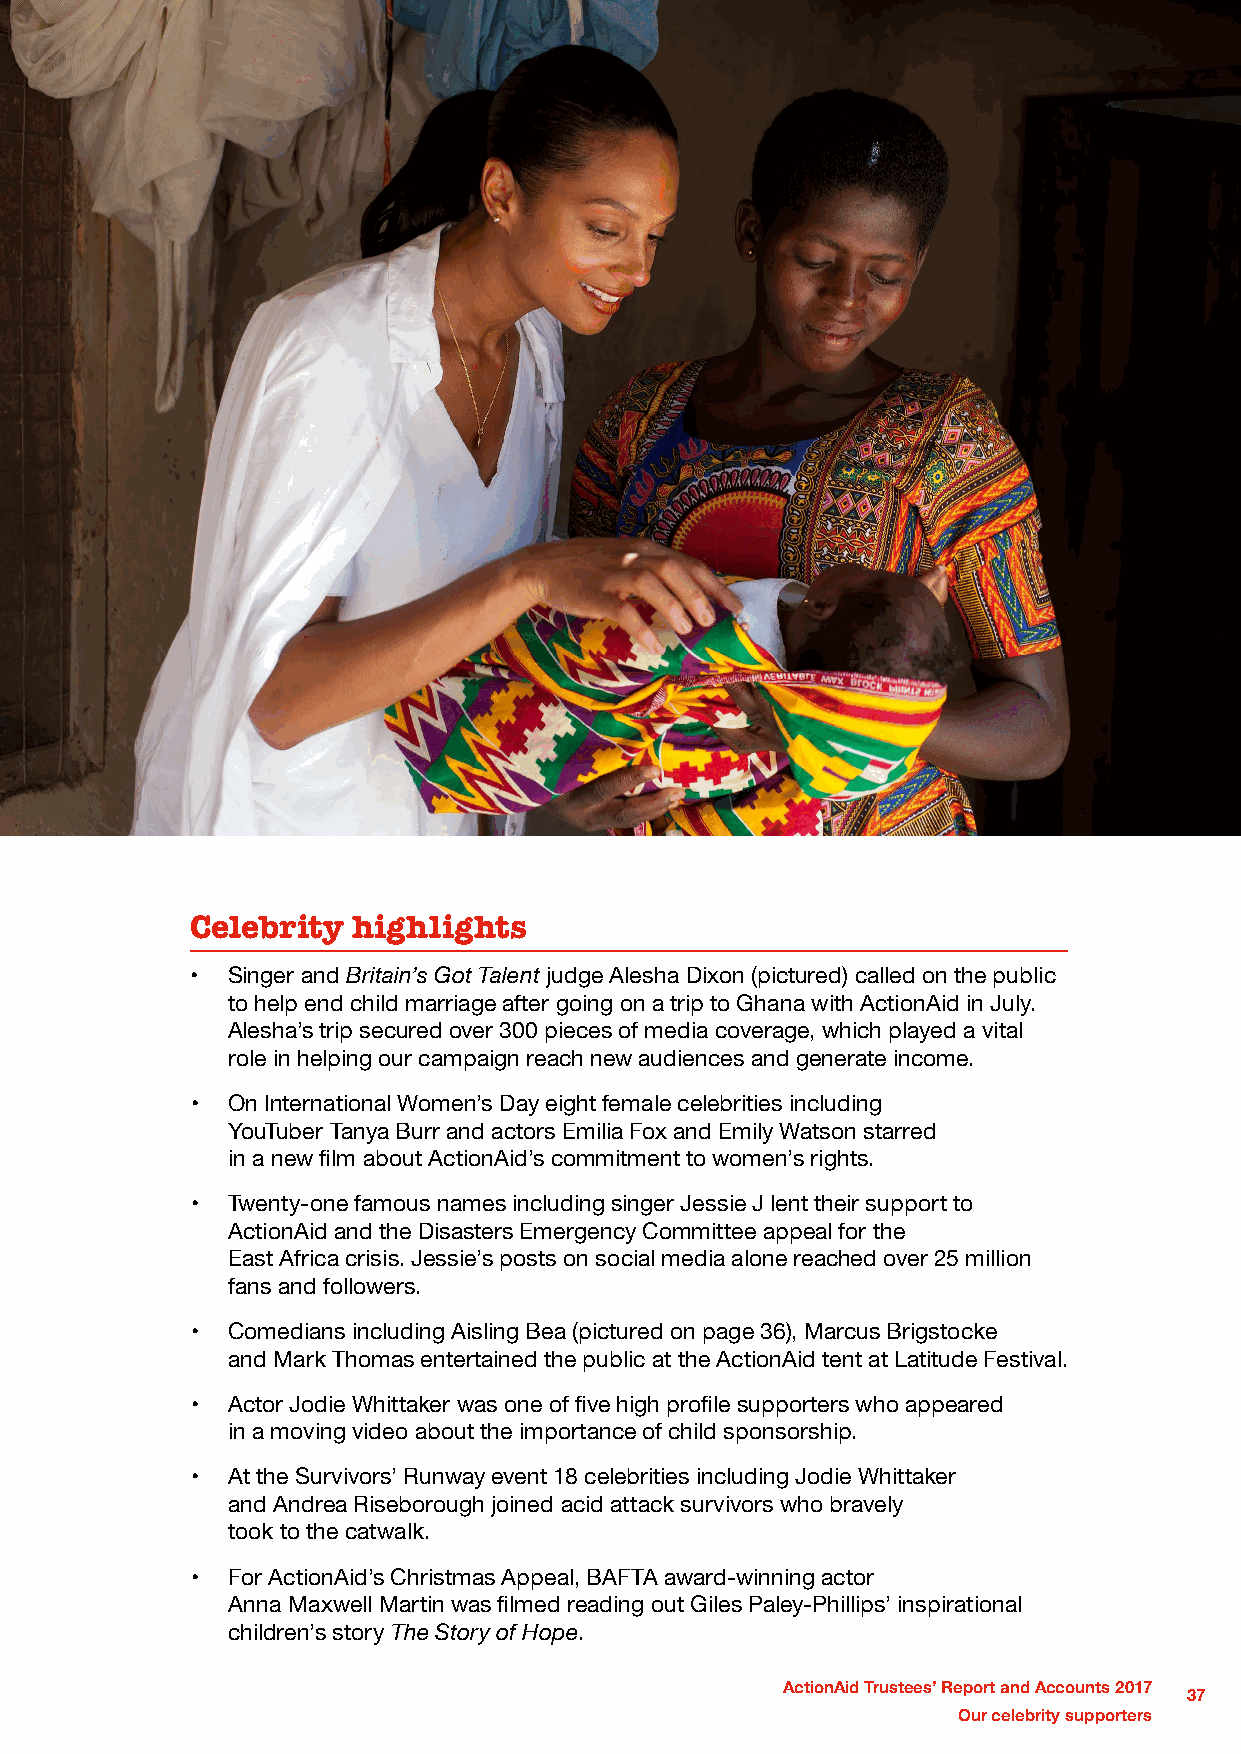
Celebrity highlights
 • Singer and Britain’s Got Talent judge Alesha Dixon (pictured) called on the public
 to help end child marriage after going on a trip to Ghana with ActionAid in July.
 Alesha’s trip secured over 300 pieces of media coverage, which played a vital
 role in helping our campaign reach new audiences and generate income.
 • On International Women’s Day eight female celebrities including
 YouTuber Tanya Burr and actors Emilia Fox and Emily Watson starred
 in a new film about ActionAid’s commitment to women’s rights.
 • Twenty-one famous names including singer Jessie J lent their support to
 ActionAid and the Disasters Emergency Committee appeal for the
 East Africa crisis. Jessie’s posts on social media alone reached over 25 million
 fans and followers.
 • Comedians including Aisling Bea (pictured on page 36), Marcus Brigstocke
 and Mark Thomas entertained the public at the ActionAid tent at Latitude Festival.
 • Actor Jodie Whittaker was one of five high profile supporters who appeared
 in a moving video about the importance of child sponsorship.
 • At the Survivors’ Runway event 18 celebrities including Jodie Whittaker
 and Andrea Riseborough joined acid attack survivors who bravely
 took to the catwalk.
 • For ActionAid’s Christmas Appeal, BAFTA award-winning actor
 Anna Maxwell Martin was filmed reading out Giles Paley-Phillips’ inspirational
 children’s story The Story of Hope.
 ActionAid Trustees’ Report and Accounts 2017
 37
 Our celebrity supporters